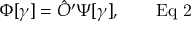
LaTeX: \Phi [ \gamma ] = { \hat { O } } ^ { \prime } \Psi [ \gamma ] , \qquad { \mathrm { E q ~ 2 } }